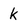
Character: k